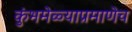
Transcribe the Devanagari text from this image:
कुंभमेळ्याप्रमाणेच